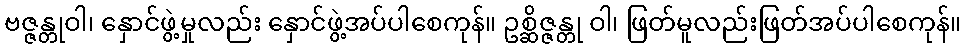
ဗဇ္ဇန္တုဝါ၊ နှောင်ဖွဲ့မှုလည်း နှောင်ဖွဲ့အပ်ပါစေကုန်။ ဥစ္ဆိဇ္ဇန္တု ဝါ၊ ဖြတ်မူလည်းဖြတ်အပ်ပါစေကုန်။